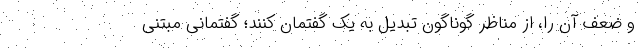
و ضعف آن را، از مناظر گوناگون تبدیل به یک گفتمان کنند؛ گفتمانی مبتنی